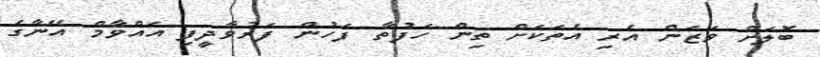
ބޮލަށް ވަޒަން އެރި އެތަކަށް ތިން ހަފުތާ ފަހުން ފަރުވާދީފި އައްވާމް އޭނާގެ